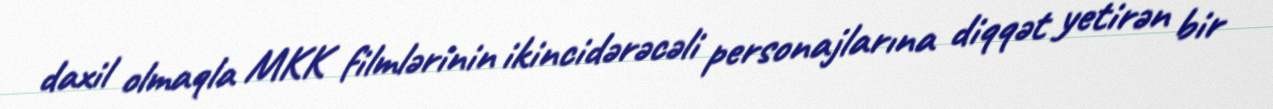
daxil olmaqla MKK filmlərinin ikincidərəcəli personajlarına diqqət yetirən bir